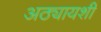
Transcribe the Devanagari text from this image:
अठ्यायशी